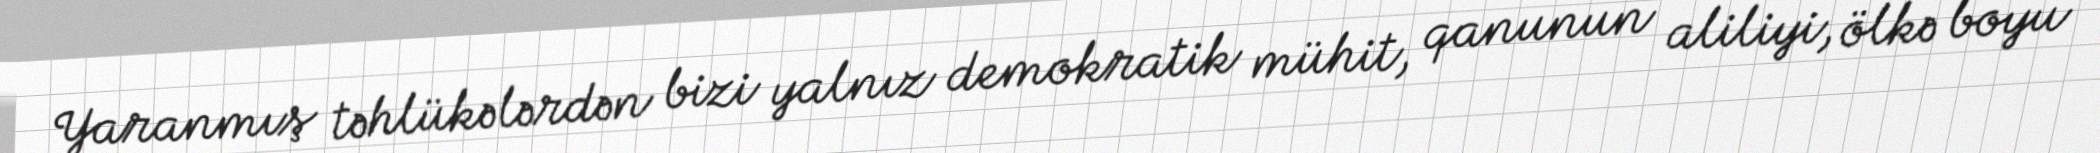
Yaranmış təhlükələrdən bizi yalnız demokratik mühit, qanunun aliliyi, ölkə boyu